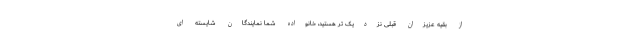
از بقیه عزیزان قبلی نزدیک تر هستید، خانواده شما نمایندگان شایسته ای